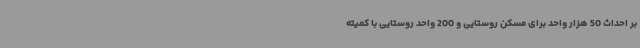
بر احداث 50 هزار واحد برای مسکن روستایی و 200 واحد روستایی با کمیته